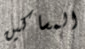
المساكين